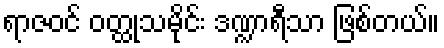
ရာဇဝင် ဝတ္ထုသမိုင်း ဒဏ္ဍာရီသာ ဖြစ်တယ်။